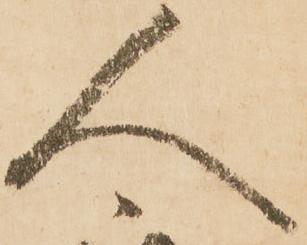
人